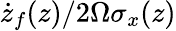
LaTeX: \dot{z}_{f}(z)/2\Omega\sigma_{x}(z)